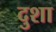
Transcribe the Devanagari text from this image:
दुशा